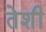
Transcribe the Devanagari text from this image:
तेशी